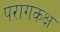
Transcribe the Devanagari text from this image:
परागकक्ष